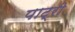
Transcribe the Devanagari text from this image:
पाट्री